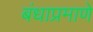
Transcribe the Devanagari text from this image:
बंधाप्रमाणे